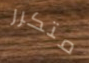
متكرر